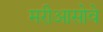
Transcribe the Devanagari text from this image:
मरीआसोवे